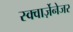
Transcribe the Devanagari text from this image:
स्क्वार्ज़ेनेजर